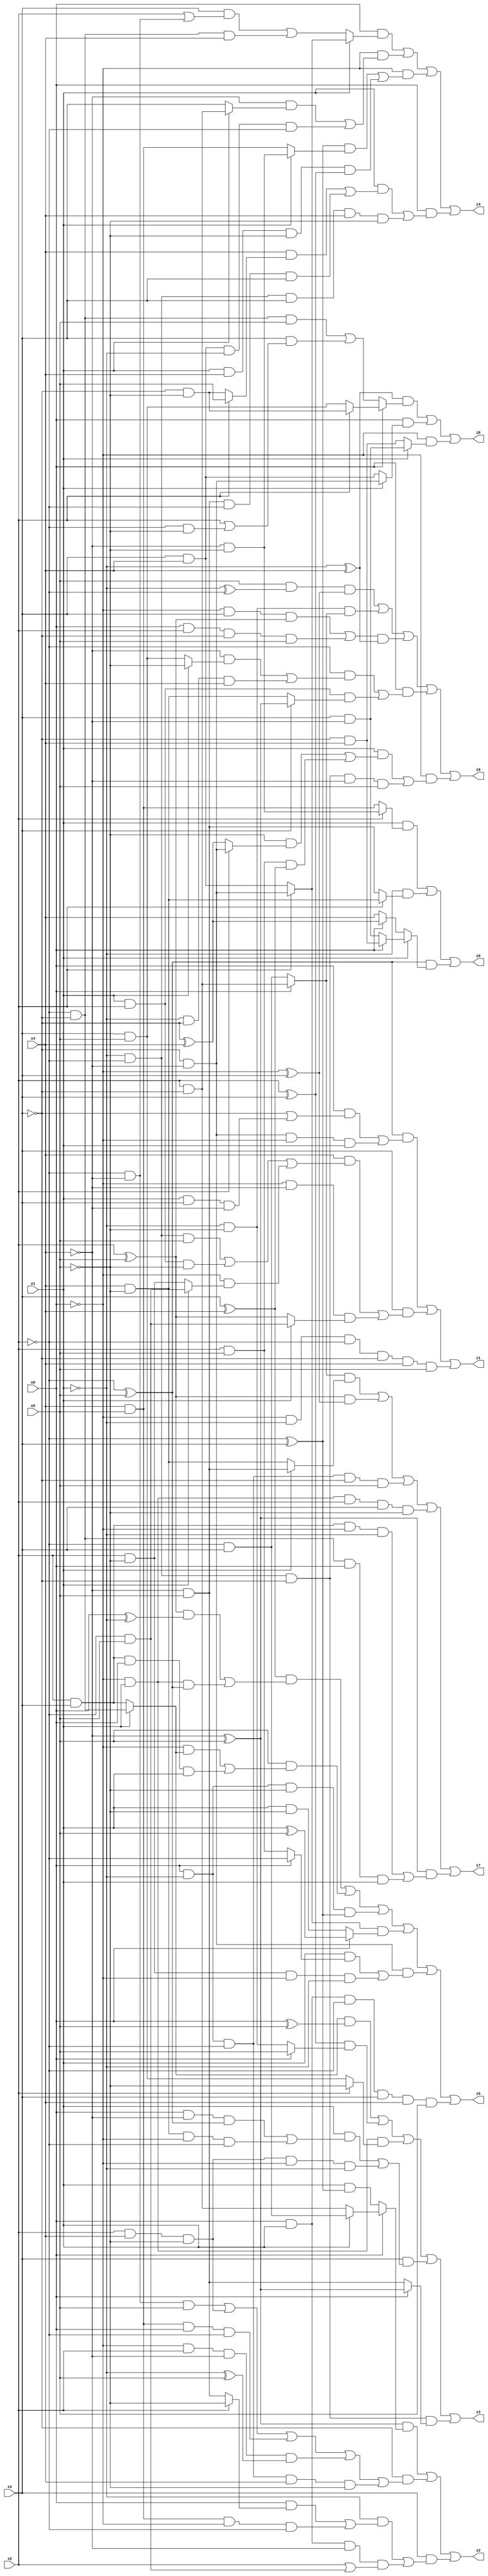
// Benchmark "X_41" written by ABC on Tue Jun 06 22:25:14 2023

module X_41 ( 
    x0, x1, x2, x3, x4, x5,
    z0, z1, z2, z3, z4, z5, z6, z7, z8  );
  input  x0, x1, x2, x3, x4, x5;
  output z0, z1, z2, z3, z4, z5, z6, z7, z8;
  assign z0 = (x1 & (x2 ? (~x4 & ~x5) : (x4 & x5))) | (~x1 & (x2 ? (x4 & ~x5) : (~x4 & x5))) | ((~x2 ^ x5) & (x1 ? (x0 ? (~x3 & x4) : (x3 & ~x4)) : (x0 ? (~x3 ^ x4) : x4)));
  assign z1 = ((~x2 ^ x5) & ((x0 & (~x3 | (x1 & x3 & ~x4))) | (~x3 & ~x4 & ~x0 & x1))) | (x3 & ((x4 & ((~x1 & ~x2 & x5) | (x1 & x2 & ~x5) | (~x0 & (x1 ? (~x2 & x5) : (x2 & ~x5))))) | (~x0 & ~x4 & (x1 ? (~x2 & x5) : (x2 ^ x5))))) | (~x0 & ~x1 & ~x2 & ~x3 & x4 & x5);
  assign z2 = ((~x4 ^ x5) & (x0 ? (x1 ? (~x2 & x3) : (x2 & ~x3)) : (x1 & (~x2 ^ x3)))) | (~x3 & ((~x2 & ~x4 & x5) | (x2 & x4 & ~x5) | (x4 & x5 & x0 & ~x2) | (~x0 & x2 & ~x4 & (~x1 ^ x5)) | (x0 & ~x1 & ~x2 & x4 & ~x5))) | (x3 & ((~x1 & ((x0 & (x2 ? ~x5 : (~x4 & x5))) | (x4 & x5 & ~x0 & ~x2))) | (x0 & x1 & ~x4 & (x2 | (~x2 & x5)))));
  assign z3 = ((x1 ? (~x2 & ~x3) : (x2 & x3)) & (x0 ^ x5)) | ((x2 ^ x3) & (x0 ? x5 : (~x1 & ~x5))) | (~x0 & x1 & (x2 ? ~x5 : (x3 & x5))) | (x3 & ((x1 & ((x0 & ~x4 & (~x2 ^ x5)) | (x4 & ~x5 & ~x0 & ~x2))) | (x2 & x4 & ~x5 & ~x0 & ~x1))) | (~x1 & ~x2 & ~x3 & (x0 ? (~x4 ^ x5) : (~x4 & x5)));
  assign z4 = (x0 & (x1 ? (x2 ? (~x3 & ~x4) : (x3 & x4)) : ((x3 & (x2 | (~x2 & ~x4))) | (~x2 & ~x3 & x4)))) | (~x0 & ((~x4 & (x1 ? (x2 & ~x3) : x3)) | (x3 & x4 & ~x1 & ~x2))) | (~x0 & (((~x2 ^ x3) & (x1 ? (~x4 & ~x5) : (x4 & x5))) | (x1 & x4 & ~x5 & (x2 ^ x3)))) | (x0 & ((x1 & ((x4 & (x2 ? x5 : (~x3 & ~x5))) | (~x4 & x5 & ~x2 & x3))) | (~x1 & ~x2 & x3 & x4 & ~x5)));
  assign z5 = ((x3 ^ x4) & (((x2 ^ x5) & (x0 ^ ~x1)) | (~x0 & x1 & (~x2 ^ x5)))) | (x5 & ((~x0 & (x1 ? (~x2 & ~x3) : (x2 & x3))) | (x2 & x3 & x0 & x1))) | (x0 & ~x1 & ~x5 & (~x2 ^ x3)) | ((x2 ? (~x3 & ~x4) : (x3 & x4)) & (x0 ? (x1 ^ x5) : (x1 & ~x5))) | (~x3 & ~x4 & ((x1 & (x0 ? ~x2 : (x2 & x5))) | (x2 & ~x5 & ~x0 & ~x1))) | (x0 & x1 & ~x2 & x3 & x4 & x5);
  assign z6 = (x5 & (~x1 ^ ~x2) & (~x0 ^ x3)) | (~x1 & ~x5 & (x0 ? (x2 & ~x3) : (~x2 & x3))) | (((~x0 & x3 & (x2 ^ x5)) | (x0 & x2 & ~x3 & x5)) & (~x1 ^ x4)) | (x0 & ((~x2 & ((~x4 & (x1 ? ~x5 : (x3 & x5))) | (~x1 & ~x3 & x4))) | (x1 & x2 & (x3 ? (~x4 ^ x5) : (x4 & ~x5))))) | (~x0 & ((x1 & ((~x5 & (x2 ? (~x3 & ~x4) : (~x3 ^ x4))) | (x2 & x5 & (x3 ^ x4)))) | (~x1 & ~x2 & ~x3 & ~x4 & x5)));
  assign z7 = ((x0 ? (x2 & ~x3) : (~x2 & x3)) & (x1 ? (~x4 & x5) : (x4 & ~x5))) | ((x2 ^ x5) & (~x0 ^ x3)) | (x0 & ~x1 & ~x2 & ~x3 & x5) | (~x0 & x1 & x2 & x3 & ~x5) | ((~x4 ^ x5) & ((x2 & x3 & ~x0 & ~x1) | (~x2 & ~x3 & x0 & x1)));
  assign z8 = ((~x1 ^ x4) & (x0 ? (x2 ? (~x3 & ~x5) : (x3 & x5)) : ((~x2 & ~x3 & x5) | (x3 & (x2 | (~x2 & ~x5)))))) | (x0 & (x1 ? (~x3 & ~x4) : (x3 & x4))) | (~x0 & (x1 ? (x3 & ~x4) : (~x3 & x4)));
endmodule